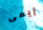
إيمى